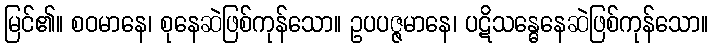
မြင်၏။ စဝမာနေ၊ စုနေဆဲဖြစ်ကုန်သော။ ဥပပဇ္ဇမာနေ၊ ပဋိသန္ဓေနေဆဲဖြစ်ကုန်သော။